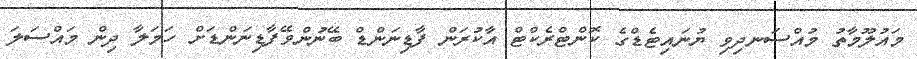
މައުލޫމާތު މުއްސަނދިވި ޔުނައިޓެޑްގެ ކޮންޓްރެކްޓް އާކުރަން ފާޑިނަންޑް ބޭނުންވޭފާޑިނަންޑަށް ހަމަލާ ދިން މައްސަލަ